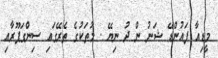
މީޑިއާ ފައުންޑޭ ޝަނު ން ދު ނިޔޭ . މުތަކުގެ ތެރޭގައި ސިންގަޕޫރާއި